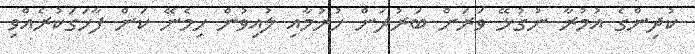
ކުދިންގެ އުމުރާ ނުގުޅޭ ވަރަށް ބަރުދަން ހުރުމާއި ލުއިވުން ހިމެނޭ ކަން ފާހަގަކުރެއްވި